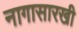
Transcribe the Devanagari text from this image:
नागासारखी